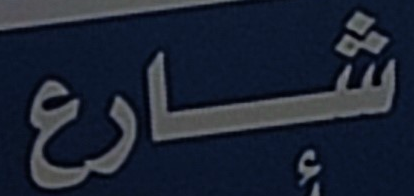
شارع